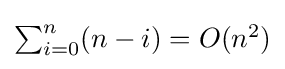
\textstyle \sum _{i=0}^{n}(n-i)=O(n^{2})